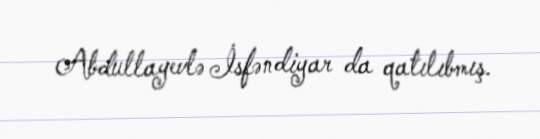
Abdullayevlə İsfəndiyar da qatılıbmış.